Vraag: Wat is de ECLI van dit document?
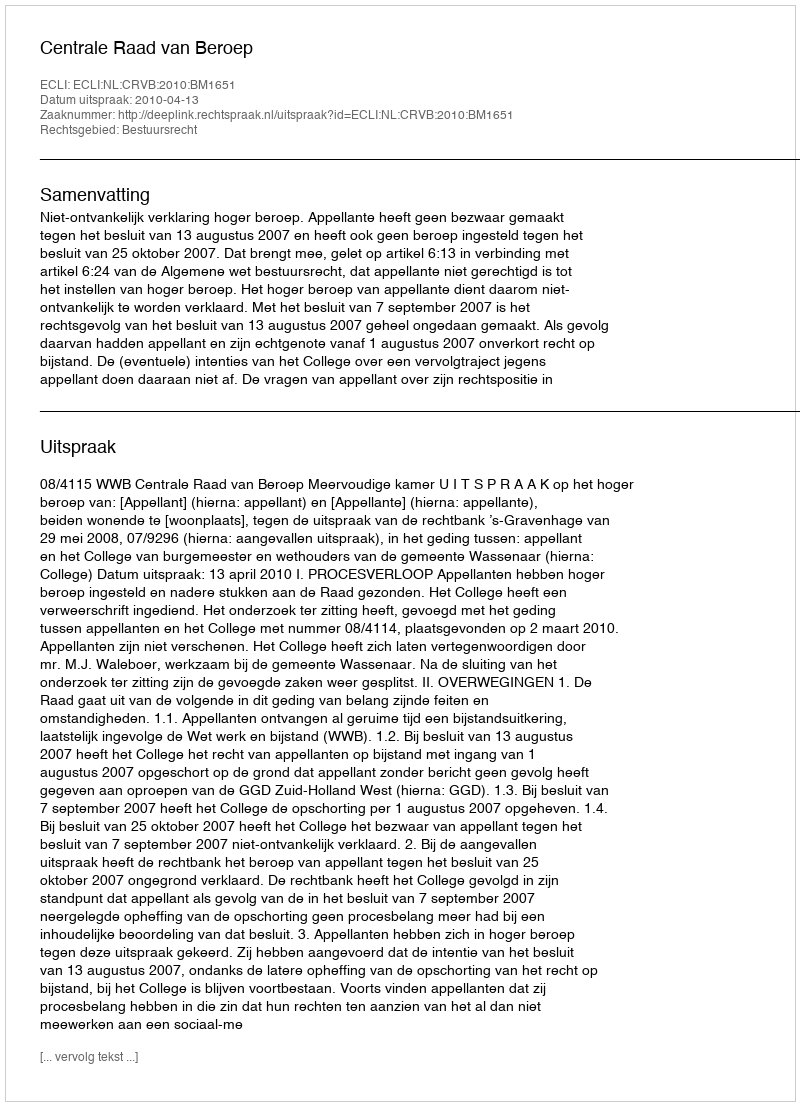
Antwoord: ECLI:NL:CRVB:2010:BM1651